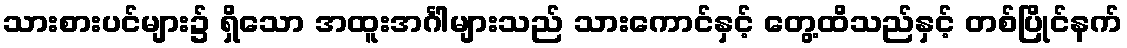
သားစားပင်များ၌ ရှိသော အထူးအင်္ဂါများသည် သားကောင်နှင့် တွေ့ထိသည်နှင့် တစ်ပြိုင်နက်